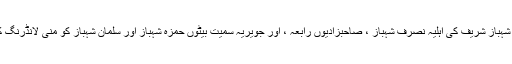
ان کا کہنا تھا کہ نیب نے شہباز شریف کی اہلیہ نصرف شہباز ، صاحبزادیوں رابعہ ، اور جویریہ سمیت بیٹوں حمزہ شہباز اور سلمان شہباز کو منی لانڈرنگ کیس میں طلب کر لیا ہے ۔